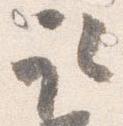
取